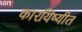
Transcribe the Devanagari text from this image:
कारयिष्यीत